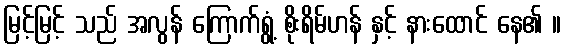
မြင့်မြင့် သည် အလွန် ကြောက်ရွံ့ စိုးရိမ်ဟန် နှင့် နားထောင် နေ၏ ။